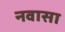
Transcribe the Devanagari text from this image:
नवासा